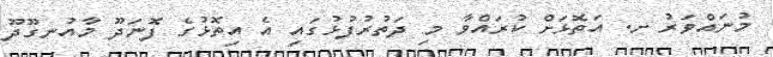
މުނައްވަރު ށ. އަތޮޅަށް ކުރައްވާ މި ދަތުރުފުޅުގައި އެ އިތޮޅުގެ ފޮނަދޫ މާއުނގޫދޫ